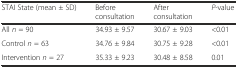
<table><thead><tr><td><b>STAI State (mean ± SD)</b></td><td><b>Before consultation</b></td><td><b>After consultation</b></td><td><b><i>P</i>-value</b></td></tr></thead><tbody><tr><td>All <i>n</i> = 90</td><td>34.93 ± 9.57</td><td>30.67 ± 9.03</td><td>&lt;0.01</td></tr><tr><td>Control <i>n</i> = 63</td><td>34.76 ± 9.84</td><td>30.75 ± 9.28</td><td>&lt;0.01</td></tr><tr><td>Intervention <i>n</i> = 27</td><td>35.33 ± 9.23</td><td>30.48 ± 8.58</td><td>0.01</td></tr></tbody></table>